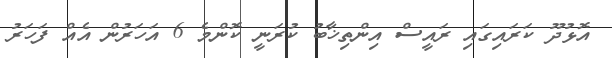
އޮޅުދޫ ކަރައިގައި ރައީސް އިންތިޚާބު ކުރަނީ ކޮންމެ 6 އަހަރުން އެއް ފަހަރު